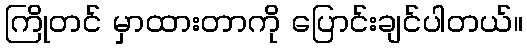
ကြိုတင် မှာထားတာကို ပြောင်းချင်ပါတယ်။